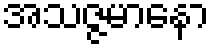
အသဇ္ဇမာနော